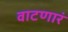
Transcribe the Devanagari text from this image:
वाटणारं